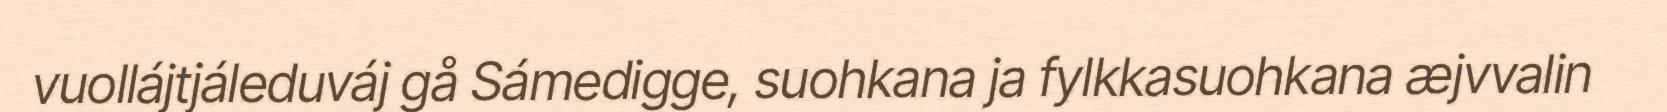
vuollájtjáleduváj gå Sámedigge, suohkana ja fylkkasuohkana æjvvalin